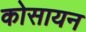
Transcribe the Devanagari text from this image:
कोसायन